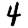
Digit: 4